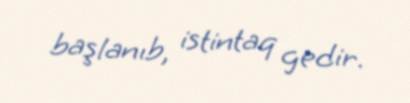
başlanıb, istintaq gedir.